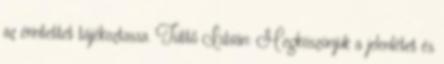
az érintettet tájékoztassa. Tüttő István: Megköszönjük a jelenlétet és